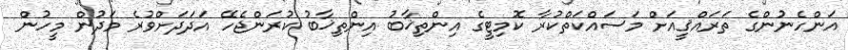
އަންހެނުންގެ ތަރައްޤީއަށް މަސައްކަތްކުރާ ކޮމިޓީގެ އިންތިޚާބު އިންތިޚާބު ކުރަންޖެހޭ އަދަދަށްވުރެ މަދުން މީހުން